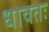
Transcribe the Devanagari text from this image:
धावतः